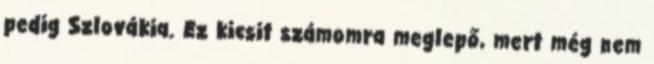
pedig Szlovákia. Ez kicsit számomra meglepő, mert még nem